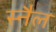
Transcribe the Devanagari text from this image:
स्नैल